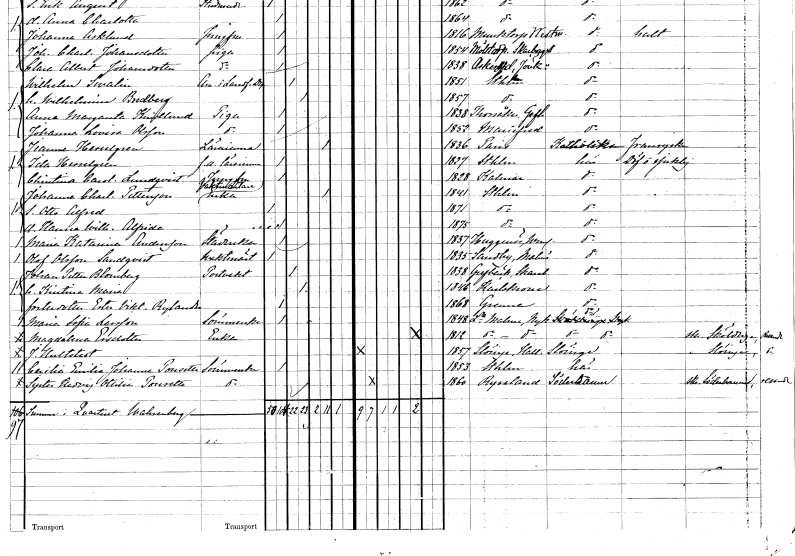
gt_parse: households: individuals: FN: Jeanne
EN: Hesselgren
YRKE: Lärarinna
KON: K
CIV: E
FODAR: 1836
FN: Ida
EN: Hesselgren
YRKE: Lärarinna f.d.
KON: K
CIV: O
FODAR: 1827
FODFORS: Stockholm
FN: Christina Carolina
EN: Lundqvist
YRKE: Jungfru
KON: K
CIV: O
FODAR: 1828
FODFORS: Kalmar Kalmar län
FN: Johanna Charlotta
EN: Pettersson
YRKE: Vaktmästareänka
KON: K
CIV: E
FODAR: 1841
FODFORS: Stockholm
FN: Otto Alfred
KON: M
CIV: O
FODAR: 1871
FODFORS: Stockholm
FN: Hanna Wilhelmina Alfrida
KON: K
CIV: O
FODAR: 1875
FODFORS: Stockholm
FN: Maria Katarina
EN: Andersson
YRKE: Städerska
KON: K
CIV: O
FODAR: 1837
FODFORS: Huggenäs Värmlands län
FN: Olof
EN: Olsson Sandqvist
YRKE: Vaktmästare
KON: M
CIV: O
FODAR: 1835
FODFORS: Sandby Malmöhus län
FN: Johan Petter
EN: Blomberg
YRKE: Portvakt
KON: M
CIV: G
FODAR: 1838
FODFORS: Grevbäck Skaraborgs län
FN: Kristina Maria
KON: K
CIV: G
FODAR: 1846
FODFORS: Karlskrona Blekinge län
FN: Ester Viktoria
EN: Rylander
KON: K
CIV: O
FODAR: 1868
FODFORS: Gränna Jönköpings län
FN: Maria Sofia
EN: Larsson
YRKE: Sömmerska
KON: K
CIV: O
FODAR: 1848
FODFORS: Lilla Malma Södermanlands län
FN: Magdalena
EN: Ersdotter
YRKE: Änka
KON: K
CIV: E
FODAR: 1812
FODFORS: Sköldinge Södermanlands län
FN: Johan
EN: Hultstedt
KON: M
CIV: O
FODAR: 1857
FODFORS: Slöinge Hallands län
FN: Cecilia Emilia Johanna
EN: Pousette
YRKE: Sömmerska
KON: K
CIV: O
FODAR: 1853
FODFORS: Stockholm
FN: Syster Hedvig Ottilia
EN: Pousette
YRKE: Sömmerska
KON: K
CIV: O
FODAR: 1860
FODFORS: Söderhamn Gävleborgs län